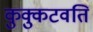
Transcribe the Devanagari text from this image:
कुक्कुटवति